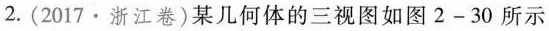
2.(2017·浙江卷)某几何体的三视图如图2-30所示